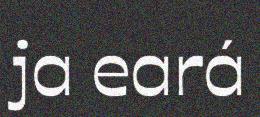
ja eará